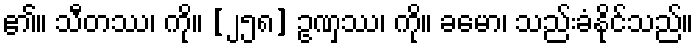
၏။ သီတဿ၊ ကို။ [၂၅၈] ဥဏှဿ၊ ကို။ ခမော၊ သည်းခံနိုင်သည်။